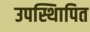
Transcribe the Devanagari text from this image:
उपस्थिापित